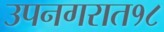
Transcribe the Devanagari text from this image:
उपनगरात१८